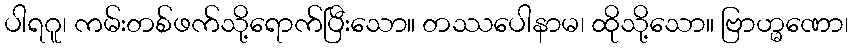
ပါရဂူ၊ ကမ်းတစ်ဖက်သို့ရောက်ပြီးသော။ တဿပေါနာမ၊ ထိုသို့သော။ ဗြာဟ္မဏော၊